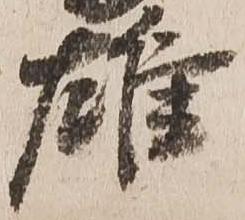
雄